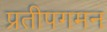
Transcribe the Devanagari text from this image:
प्रतीपगमन